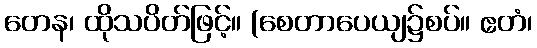
တေန၊ ထိုသပိတ်ဖြင့်။ (စေတာပေယျ၌စပ်။ ဧတံ၊